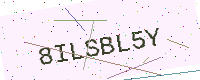
Text: 8ILSBL5Y